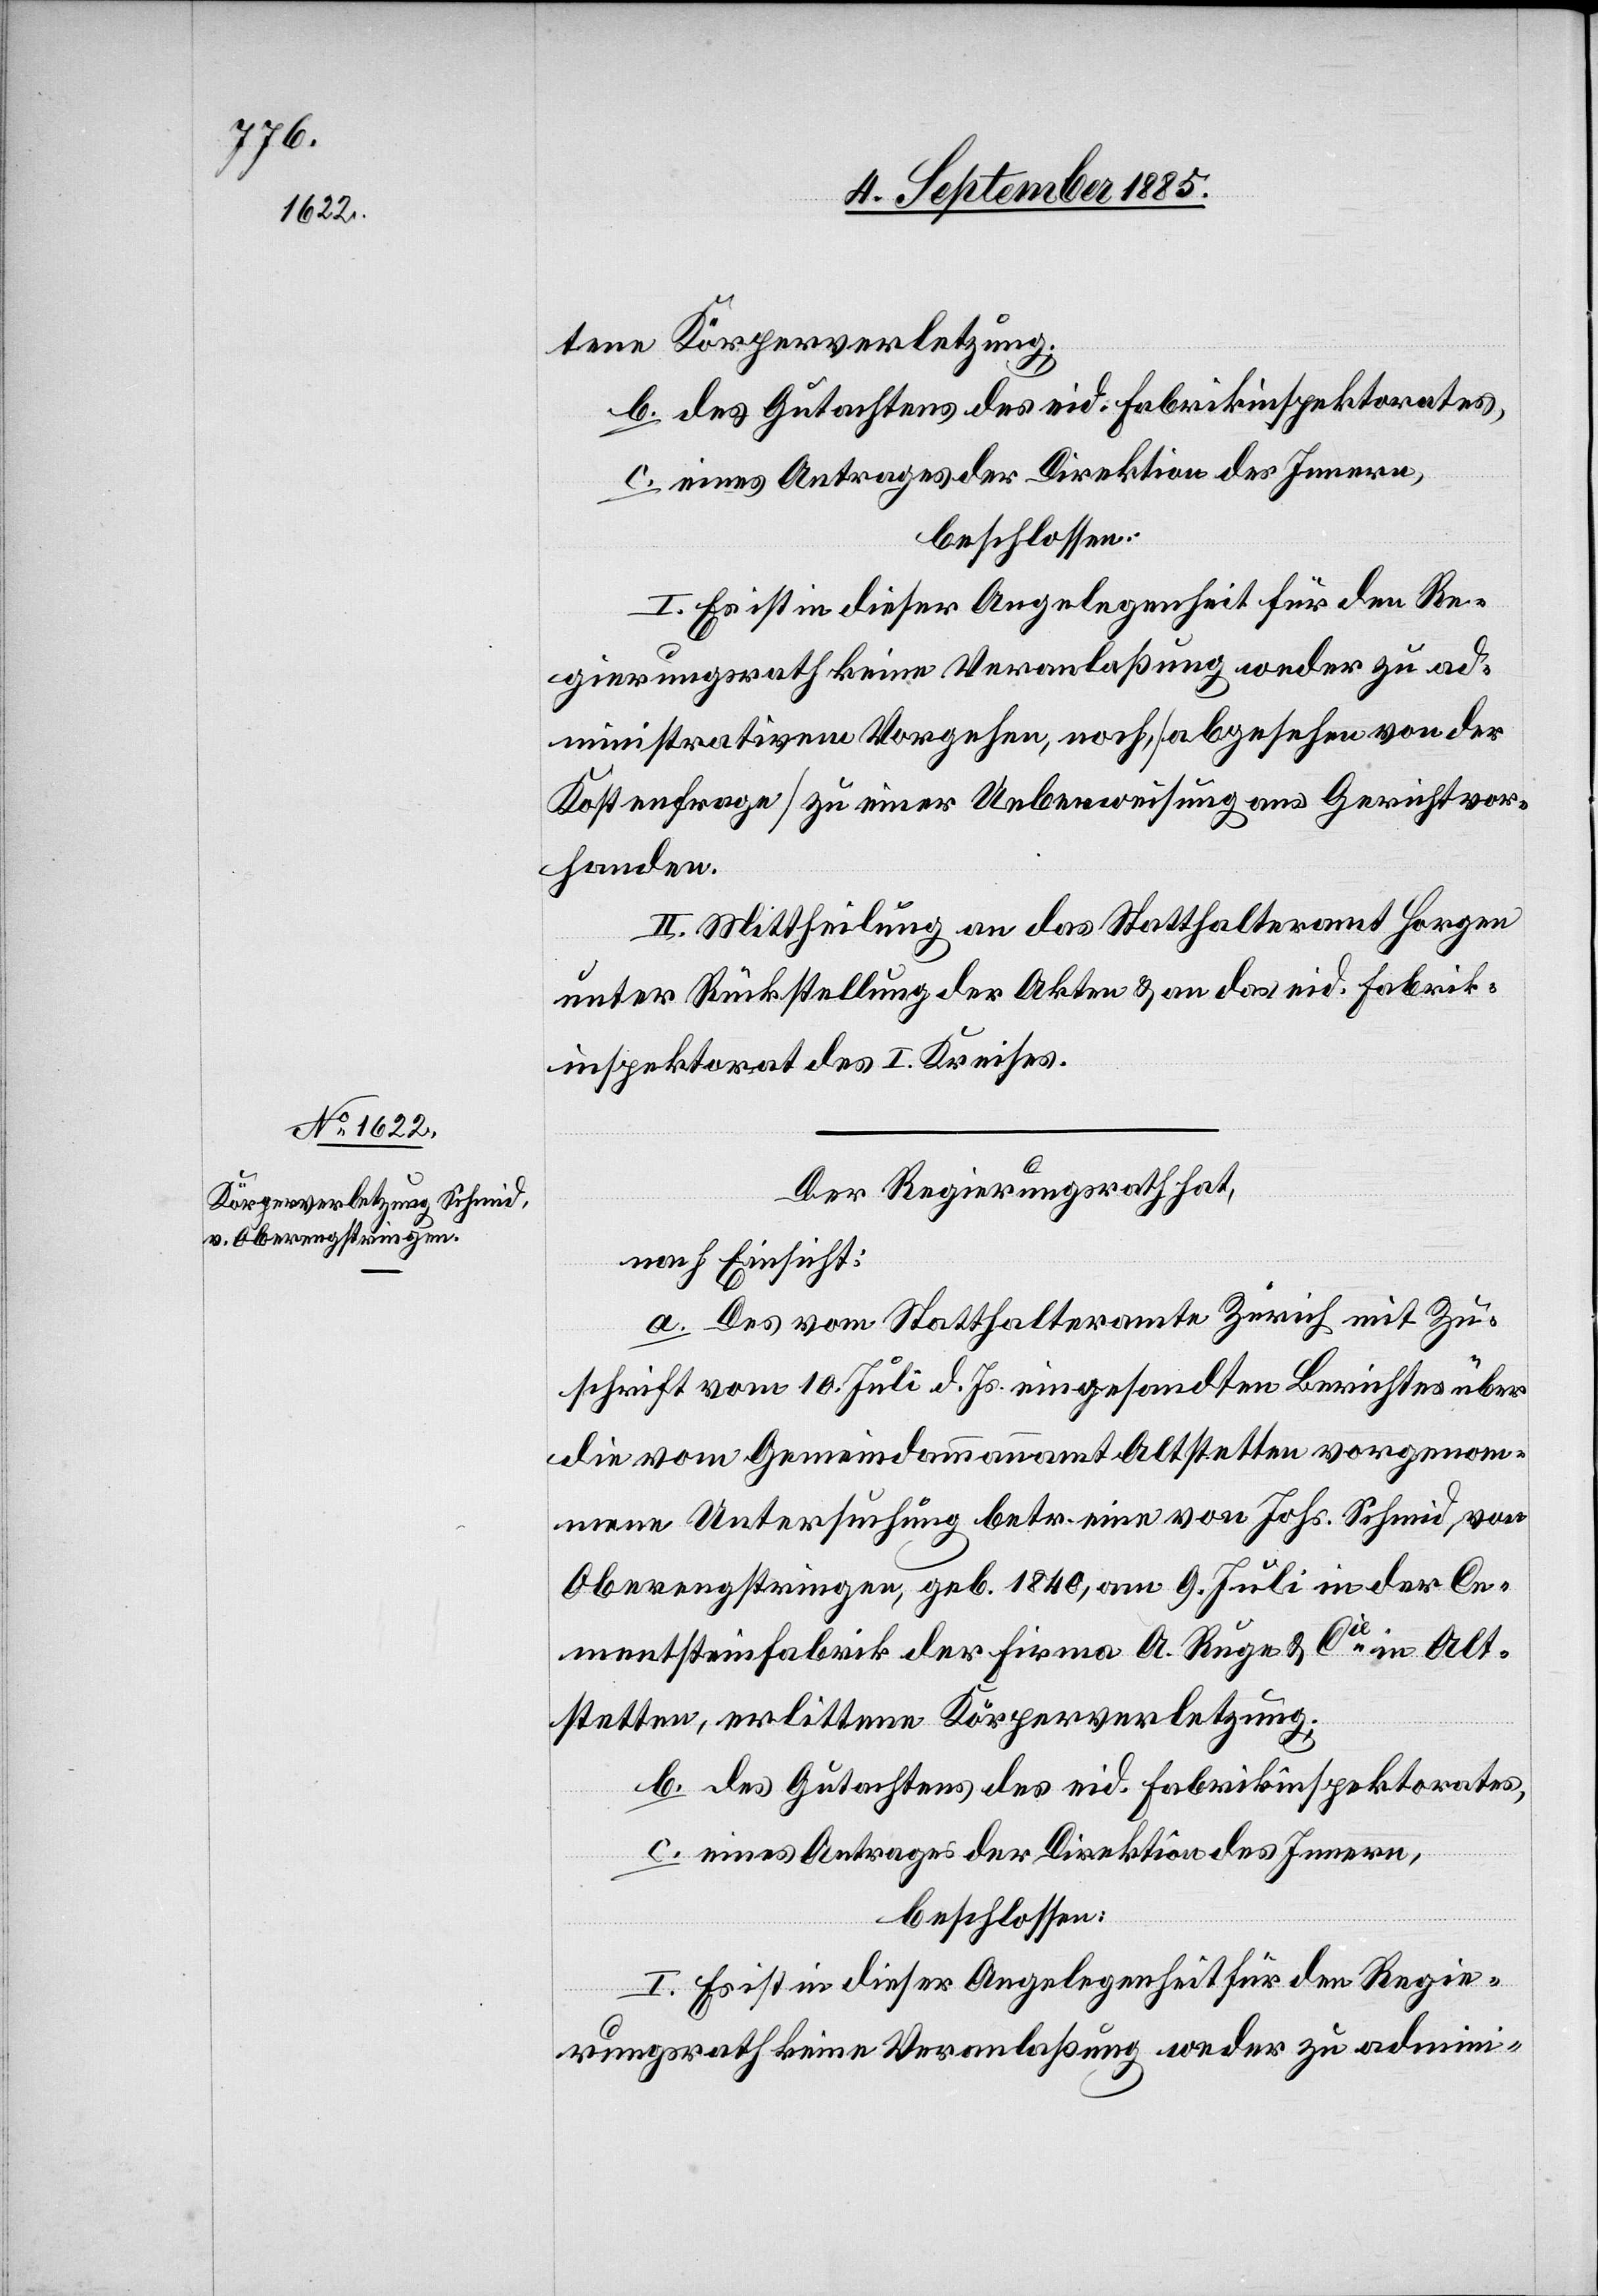
tene Körperverletzung;
b. des Gutachtens des eid. Fabrikinspektorates,
c. eines Antrages der Direktion des Innern,
beschlossen:
I. Es ist in dieser Angelegenheit für den Re¬
gierungsrath keine Veranlaßung weder zu ad¬
ministrativem Vorgehen, noch, [abgesehen von der
Kostenfrage] zu einer Ueberweisung ans Gericht vor¬
handen.
II. Mittheilung an das Statthalteramt Horgen
unter Rückstellung der Akten & an das eid. Fabrik¬
inspektorat des I. Kreises.
Der Regierungsrath hat,
nach Einsicht:
a. Des vom Statthalteramte Zürich mit Zu¬
schrift vom 10. Juli d. Js. eingesandten Berichtes über
die vom Gemeindammannamt Altstetten vorgenom¬
mene Untersuchung betr. eine von Johs. Schmid, von
Oberengstringen, geb. 1840, am 9. Juli in der Ce¬
mentsteinfabrik der Firma A. Ruge & Cie in Alt¬
stetten, erlittene Körperverletzung;
b. des Gutachtens des eid. Fabrikinspektorates,
c. eines Antrages der Direktion des Innern,
beschlossen:
I. Es ist in dieser Angelegenheit für den Regie¬
rungsrath keine Veranlaßung weder zu admini-